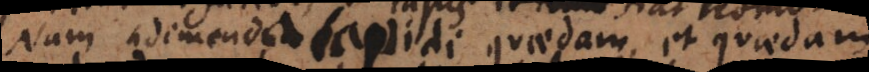
Nam adimenda lapidi quaedam, et quaedam